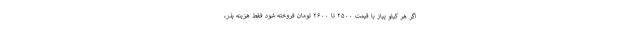
اگر هر کیلو پیاز با قیمت ۲۵۰۰ تا ۲۶۰۰ تومان فروخته شود فقط هزینه بذر،